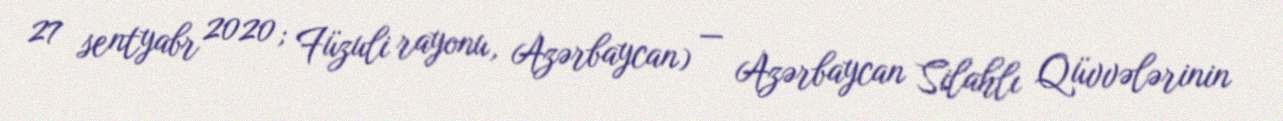
27 sentyabr 2020; Füzuli rayonu, Azərbaycan) — Azərbaycan Silahlı Qüvvələrinin